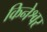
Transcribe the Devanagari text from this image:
किनेश्वर